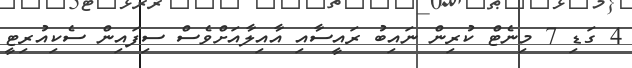
4 ގަޑި 7 މިނެޓް ކުރިން ނައިބު ރައީސާއި އާއިލާއަށްވެސް ސިފައިން ސެކިއުރިޓީ